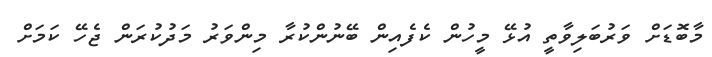
މާބޮޑަށް ވަރުބަލިވާތީ އުޅޭ މީހުން ކެފެއިން ބޭނުންކުރާ މިންވަރު މަދުކުރަން ޖެހޭ ކަމަށް